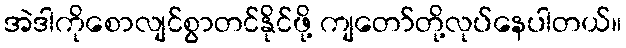
အဲဒါကိုစောလျင်စွာတင်နိုင်ဖို့ ကျတော်တို့လုပ်နေပါတယ်။